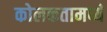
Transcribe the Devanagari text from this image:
कोलकतामध्ये